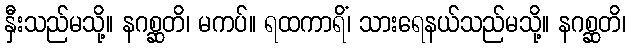
နှီးသည်မသို့။ နဂစ္ဆတိ၊ မကပ်။ ရထကာရိံ၊ သားရေနယ်သည်မသို့။ နဂစ္ဆတိ၊